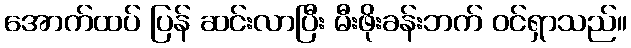
အောက်ထပ် ပြန် ဆင်းလာပြီး မီးဖိုးခန်းဘက် ဝင်ရှာသည်။